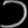
Digit: ၁